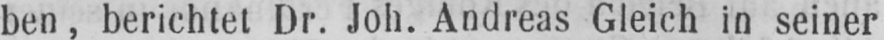
ben, berichtet Dr. Joh. Andreas Gleich in seiner